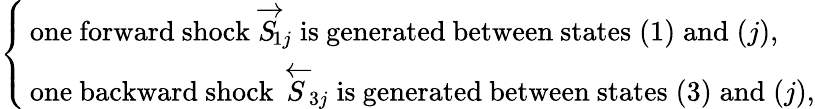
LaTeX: \left\{ \begin{array}{ll}{\, \mathrm{one~forward~shock}\; \overrightarrow{S}\! _{1j}\; \mathrm{is~generated~between~states}\; (1)\; \mathrm{and}\; (j),}\\ {\, \mathrm{one~backward~shock}\; \overleftarrow{S}\! _{3j}\; \mathrm{is~generated~between~states}\; (3)\; \mathrm{and}\; (j),}\end{array}\right.